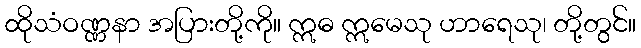
ထိုသံဝဏ္ဏနာ အပြားတို့ကို။ ဣဓ ဣမေသု ဟာရေသု၊ တို့တွင်။